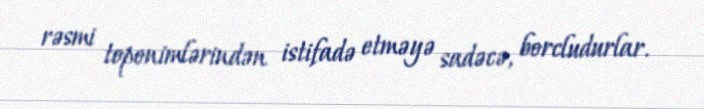
rəsmi toponimlərindən istifadə etməyə sadəcə, borcludurlar.